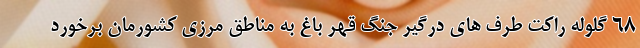
۶۸ گلوله راکت طرف های درگیر جنگ قهر باغ به مناطق مرزی کشورمان برخورد